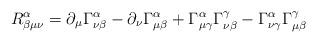
LaTeX: \begin{align*}R^\alpha_{\beta \mu \nu } =\partial_\mu \Gamma^\alpha_{\nu \beta } -\partial_\nu \Gamma^\alpha_{\mu \beta }+\Gamma^\alpha_{\mu \gamma}\Gamma^\gamma_{\nu\beta}-\Gamma^\alpha_{\nu \gamma}\Gamma^\gamma_{\mu\beta}\end{align*}